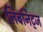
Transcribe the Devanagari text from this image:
लिबनिट्ज